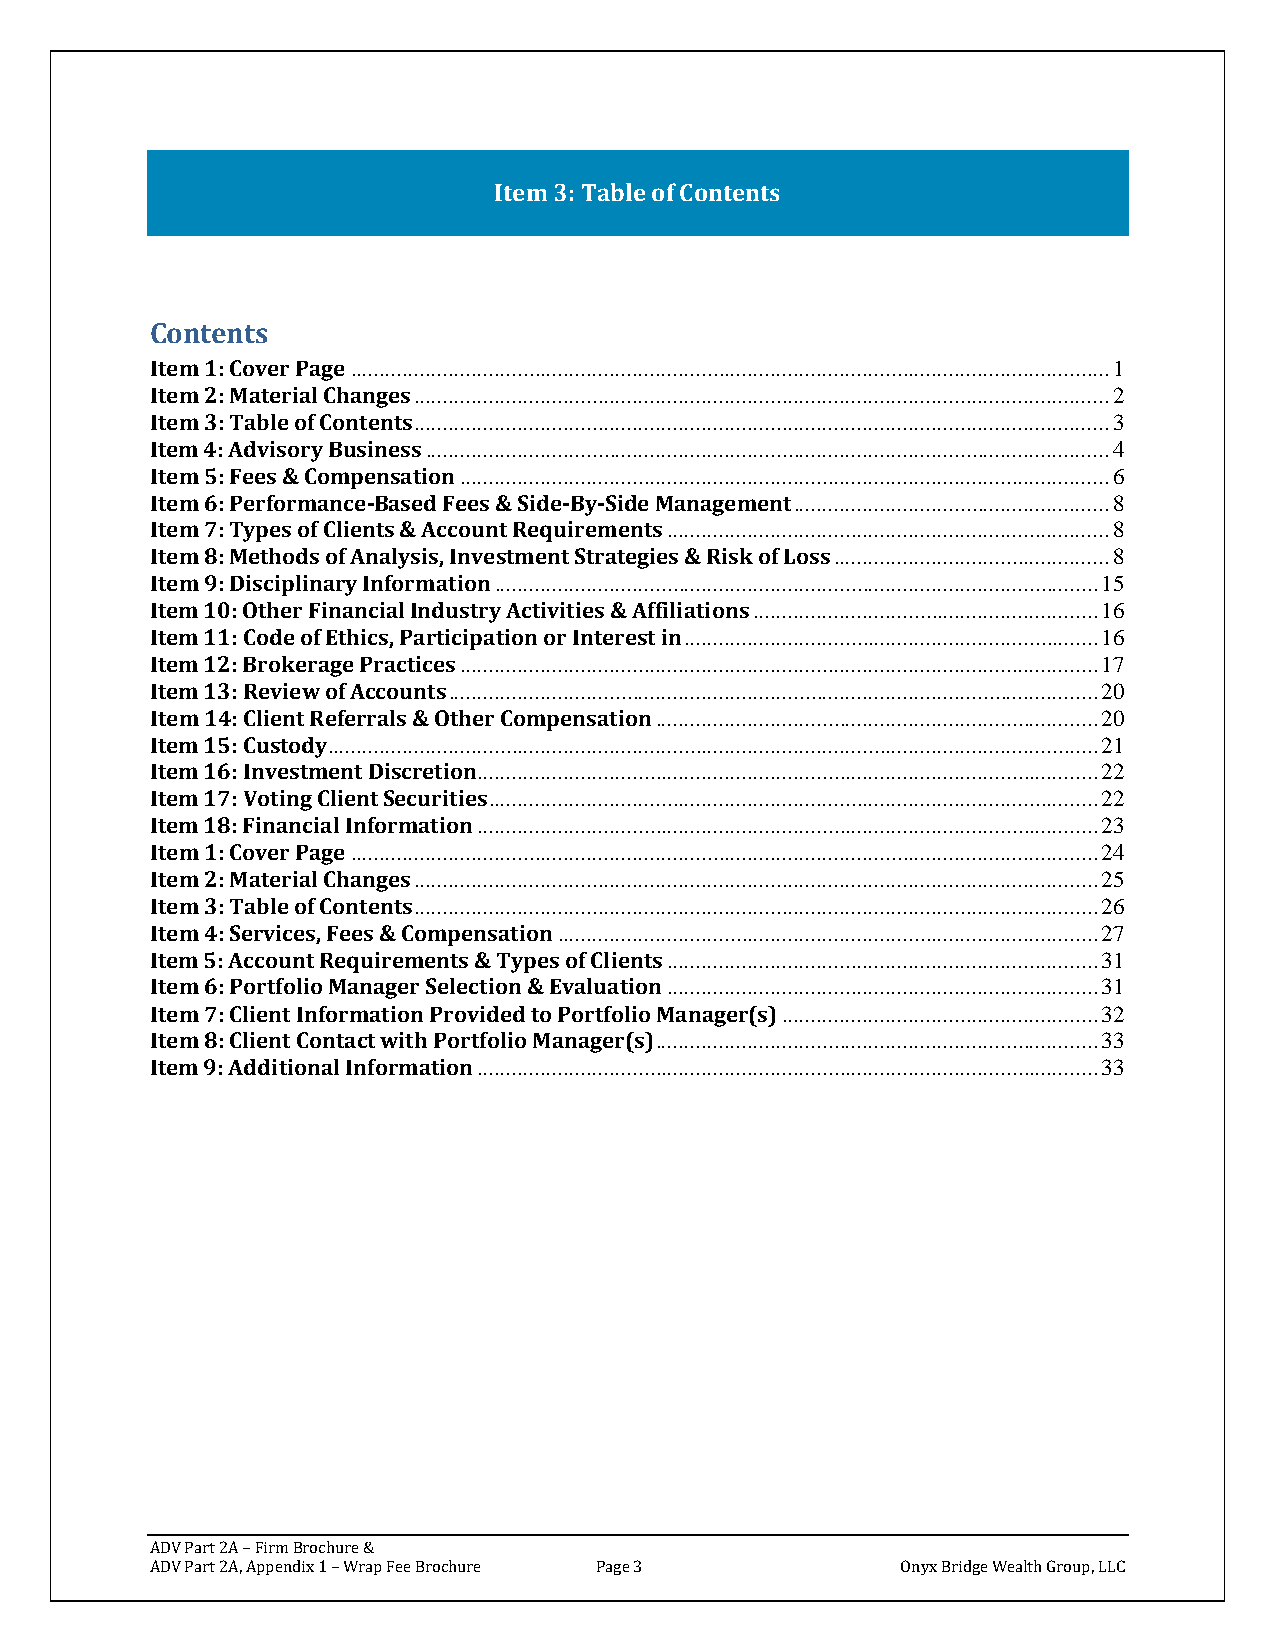
Item 3: Table of Contents
 Contents
 Item 1: Cover Page .................................................................................................................................... 1
 Item 2: Material Changes ......................................................................................................................... 2
 Item 3: Table of Contents ......................................................................................................................... 3
 Item 4: Advisory Business ....................................................................................................................... 4
 Item 5: Fees & Compensation ................................................................................................................. 6
 Item 6: Performance-Based Fees & Side-By-Side Management ....................................................... 8
 Item 7: Types of Clients & Account Requirements ............................................................................. 8
 Item 8: Methods of Analysis, Investment Strategies & Risk of Loss ................................................ 8
 Item 9: Disciplinary Information ......................................................................................................... 15
 Item 10: Other Financial Industry Activities & Affiliations ............................................................ 16
 Item 11: Code of Ethics, Participation or Interest in ........................................................................ 16
 Item 12: Brokerage Practices ............................................................................................................... 17
 Item 13: Review of Accounts ................................................................................................................. 20
 Item 14: Client Referrals & Other Compensation ............................................................................. 20
 Item 15: Custody ...................................................................................................................................... 21
 Item 16: Investment Discretion............................................................................................................ 22
 Item 17: Voting Client Securities .......................................................................................................... 22
 Item 18: Financial Information ............................................................................................................ 23
 Item 1: Cover Page .................................................................................................................................. 24
 Item 2: Material Changes ....................................................................................................................... 25
 Item 3: Table of Contents ....................................................................................................................... 26
 Item 4: Services, Fees & Compensation .............................................................................................. 27
 Item 5: Account Requirements & Types of Clients ........................................................................... 31
 Item 6: Portfolio Manager Selection & Evaluation ........................................................................... 31
 Item 7: Client Information Provided to Portfolio Manager(s) ....................................................... 32
 Item 8: Client Contact with Portfolio Manager(s) ............................................................................. 33
 Item 9: Additional Information ............................................................................................................ 33
 ADV Part 2A – Firm Brochure &
 ADV Part 2A, Appendix 1 – Wrap Fee Brochure Page 3 Onyx Bridge Wealth Group, LLC